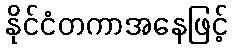
နိုင်ငံတကာအနေဖြင့်